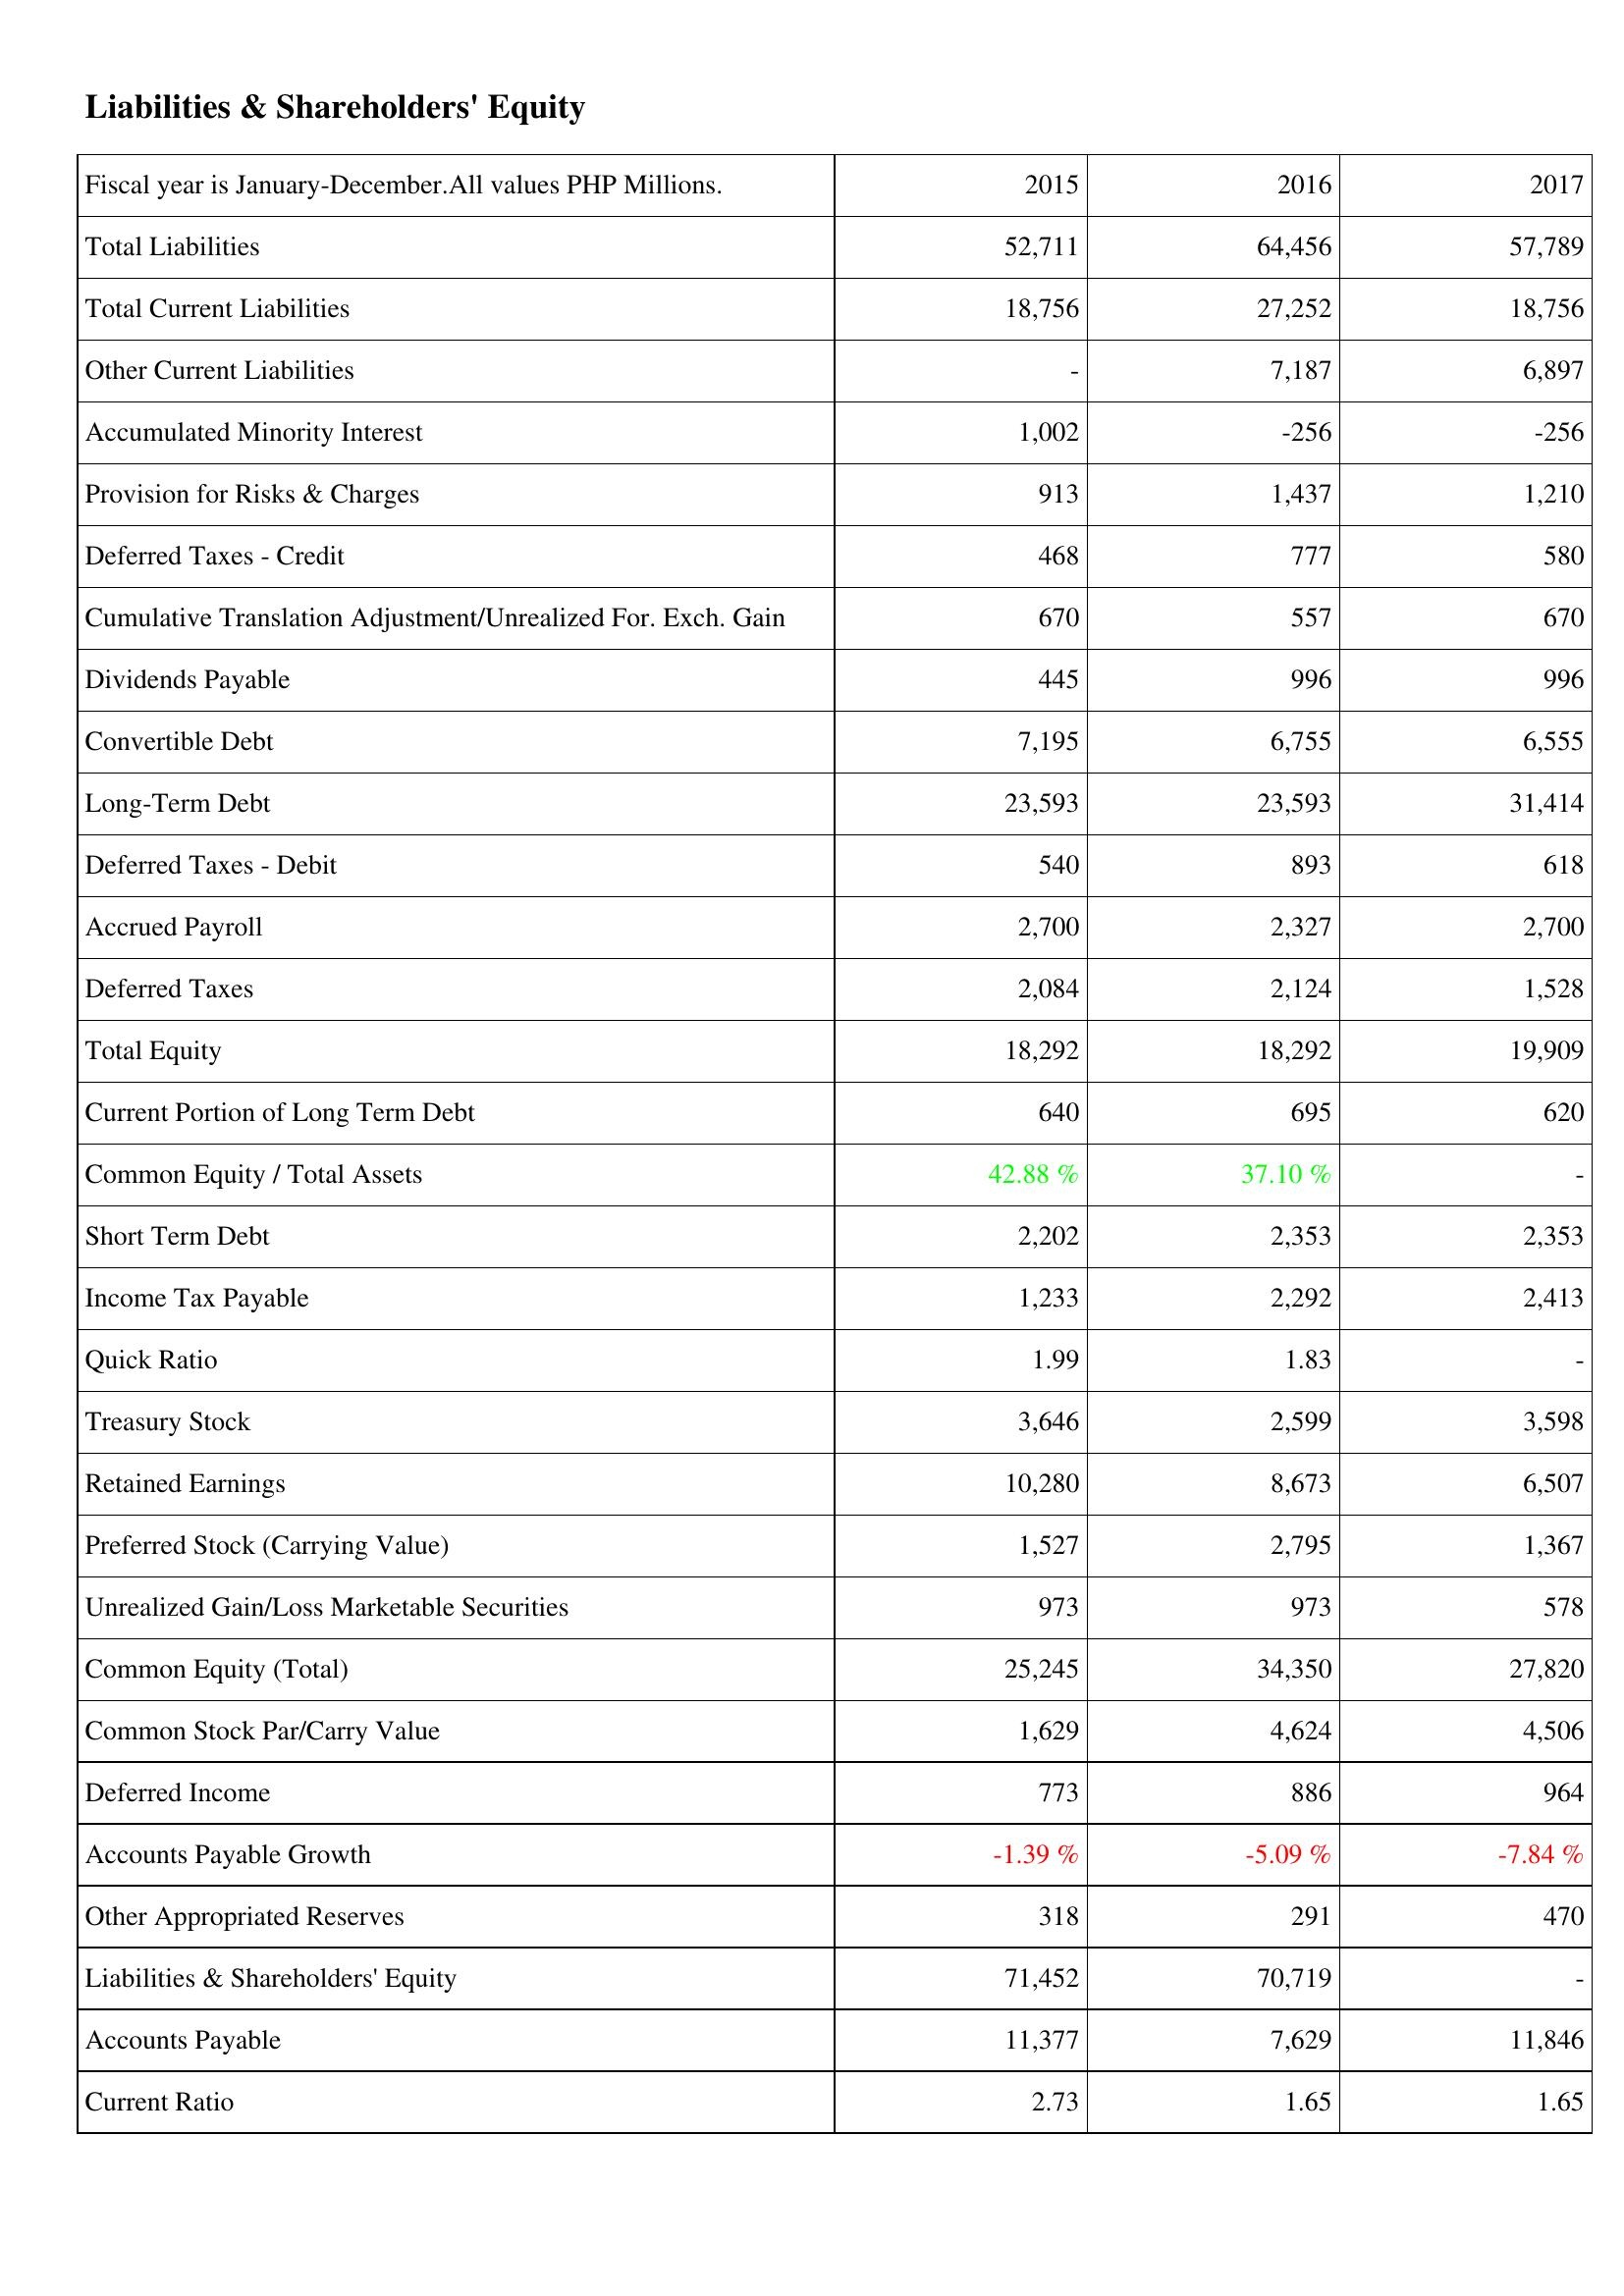
2015: Liabilities & Shareholders' Equity: Total Liabilities: 52,711
Total Current Liabilities: 18,756
Other Current Liabilities: -
Accumulated Minority Interest: 1,002
Provision for Risks & Charges: 913
Deferred Taxes - Credit: 468
Cumulative Translation Adjustment/Unrealized For. Exch. Gain: 670
Dividends Payable: 445
Convertible Debt: 7,195
Long-Term Debt: 23,593
Deferred Taxes - Debit: 540
Accrued Payroll: 2,700
Deferred Taxes: 2,084
Total Equity: 18,292
Current Portion of Long Term Debt: 640
Common Equity / Total Assets: 42.88 %
Short Term Debt: 2,202
Income Tax Payable: 1,233
Quick Ratio: 1.99
Treasury Stock: 3,646
Retained Earnings: 10,280
Preferred Stock (Carrying Value): 1,527
Unrealized Gain/Loss Marketable Securities: 973
Common Equity (Total): 25,245
Common Stock Par/Carry Value: 1,629
Deferred Income: 773
Accounts Payable Growth: -1.39 %
Other Appropriated Reserves: 318
Liabilities & Shareholders' Equity: 71,452
Accounts Payable: 11,377
Current Ratio: 2.73
2016: Liabilities & Shareholders' Equity: Total Liabilities: 64,456
Total Current Liabilities: 27,252
Other Current Liabilities: 7,187
Accumulated Minority Interest: -256
Provision for Risks & Charges: 1,437
Deferred Taxes - Credit: 777
Cumulative Translation Adjustment/Unrealized For. Exch. Gain: 557
Dividends Payable: 996
Convertible Debt: 6,755
Long-Term Debt: 23,593
Deferred Taxes - Debit: 893
Accrued Payroll: 2,327
Deferred Taxes: 2,124
Total Equity: 18,292
Current Portion of Long Term Debt: 695
Common Equity / Total Assets: 37.10 %
Short Term Debt: 2,353
Income Tax Payable: 2,292
Quick Ratio: 1.83
Treasury Stock: 2,599
Retained Earnings: 8,673
Preferred Stock (Carrying Value): 2,795
Unrealized Gain/Loss Marketable Securities: 973
Common Equity (Total): 34,350
Common Stock Par/Carry Value: 4,624
Deferred Income: 886
Accounts Payable Growth: -5.09 %
Other Appropriated Reserves: 291
Liabilities & Shareholders' Equity: 70,719
Accounts Payable: 7,629
Current Ratio: 1.65
2017: Liabilities & Shareholders' Equity: Total Liabilities: 57,789
Total Current Liabilities: 18,756
Other Current Liabilities: 6,897
Accumulated Minority Interest: -256
Provision for Risks & Charges: 1,210
Deferred Taxes - Credit: 580
Cumulative Translation Adjustment/Unrealized For. Exch. Gain: 670
Dividends Payable: 996
Convertible Debt: 6,555
Long-Term Debt: 31,414
Deferred Taxes - Debit: 618
Accrued Payroll: 2,700
Deferred Taxes: 1,528
Total Equity: 19,909
Current Portion of Long Term Debt: 620
Common Equity / Total Assets: -
Short Term Debt: 2,353
Income Tax Payable: 2,413
Quick Ratio: -
Treasury Stock: 3,598
Retained Earnings: 6,507
Preferred Stock (Carrying Value): 1,367
Unrealized Gain/Loss Marketable Securities: 578
Common Equity (Total): 27,820
Common Stock Par/Carry Value: 4,506
Deferred Income: 964
Accounts Payable Growth: -7.84 %
Other Appropriated Reserves: 470
Liabilities & Shareholders' Equity: -
Accounts Payable: 11,846
Current Ratio: 1.65